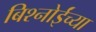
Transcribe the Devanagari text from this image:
बिश्‍नोईंच्या